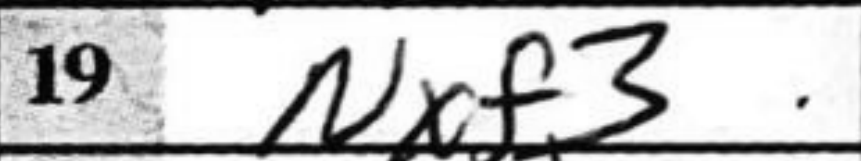
Transcription: Nxf3